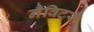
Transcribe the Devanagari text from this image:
नैविटस